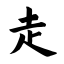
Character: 走